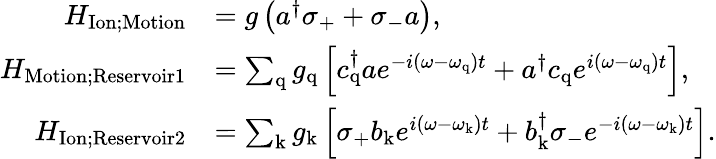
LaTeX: \begin{array}{rl}{H_{\mathrm{Ion;Motion}}}&{=g\left(a^{\dagger}\sigma_{\mathrm{+}}+\sigma_{\mathrm{-}}a\right),}\\ {H_{\mathrm{Motion;Reservoir1}}}&{=\sum_{\mathrm{q}}g_{\mathrm{q}}\left[c_{\mathrm{q}}^{\dagger}ae^{-i(\omega-\omega_{\mathrm{q}})t}+a^{\dagger}c_{\mathrm{q}}e^{i(\omega-\omega_{\mathrm{q}})t}\right],}\\ {H_{\mathrm{Ion;Reservoir2}}}&{=\sum_{\mathrm{k}}g_{\mathrm{k}}\left[\sigma_{\mathrm{+}}b_{\mathrm{k}}e^{i(\omega-\omega_{\mathrm{k}})t}+b_{\mathrm{k}}^{\dagger}\sigma_{\mathrm{-}}e^{-i(\omega-\omega_{\mathrm{k}})t}\right].}\end{array}